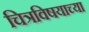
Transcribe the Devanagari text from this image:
चित्रविषयाच्या